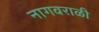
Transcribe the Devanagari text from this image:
नागवराळी